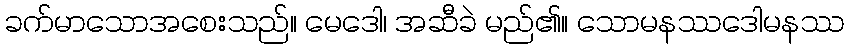
ခက်မာသောအစေးသည်။ မေဒေါ၊ အဆီခဲ မည်၏။ သောမနဿဒေါမနဿ